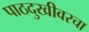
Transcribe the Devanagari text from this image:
पाठदुखीवरचा